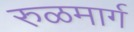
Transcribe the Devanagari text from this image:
रुळमार्ग